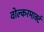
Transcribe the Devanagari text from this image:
वोल्करमार्क्ट